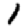
Digit: 1